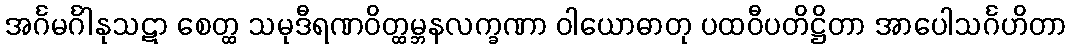
အင်္ဂမင်္ဂါနုသဋာ စေတ္ထ သမုဒီရဏဝိတ္ထမ္ဘနလက္ခဏာ ဝါယောဓာတု ပထဝီပတိဋ္ဌိတာ အာပေါသင်္ဂဟိတာ